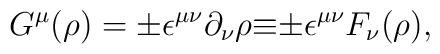
G^{\mu}(\rho)={\pm}{\epsilon}^{{\mu}{\nu}}{\partial}_{\nu}{\rho}{\equiv}{\pm}{\epsilon}^{{\mu}{\nu}}F_{\nu}(\rho),